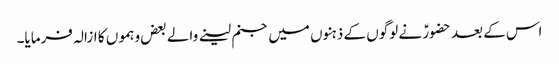
اس کے بعد حضورؑ نے لوگوں کے ذہنوں میں جنم لینے والے بعض وہموں کا ازالہ فرمایا۔